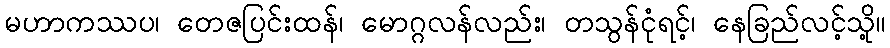
မဟာကဿပ၊ တေဇပြင်းထန်၊ မောဂ္ဂလန်လည်း၊ တသွန်ငုံရင့်၊ နေခြည်လင့်သို့။